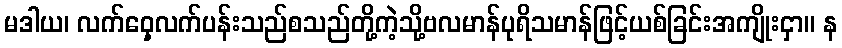
မဒါယ၊ လက်ဝှေ့လက်ပန်းသည်စသည်တို့ကဲ့သို့ဗလမာန်ပုရိသမာန်ဖြင့်ယစ်ခြင်းအကျိုးငှာ။ န